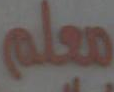
معلم